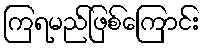
ကြရမည်ဖြစ်ကြောင်း